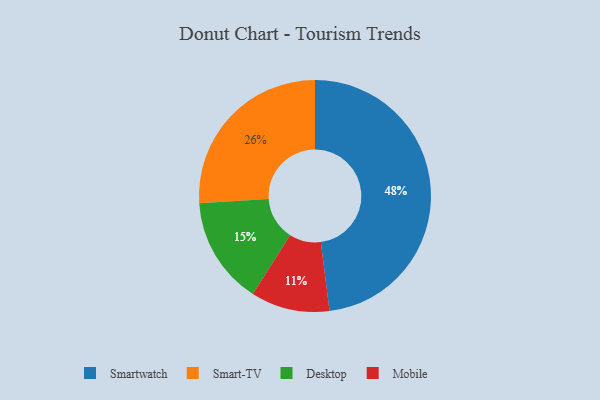
{"axis": {"x": "Category", "y": "Percentage"}, "legend": ["Desktop", "Mobile", "Smart-TV", "Smartwatch"], "data": [{"x": "Smart-TV", "y": 26, "type": "Smart-TV"}, {"x": "Mobile", "y": 11, "type": "Mobile"}, {"x": "Smartwatch", "y": 48, "type": "Smartwatch"}, {"x": "Desktop", "y": 15, "type": "Desktop"}]}